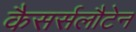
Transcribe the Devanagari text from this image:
कैसर्सलौटेन